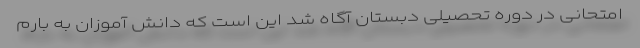
امتحانی در دوره تحصیلی دبستان آگاه شد این است که دانش آموزان به بارم